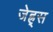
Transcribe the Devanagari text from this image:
जेह्र्स